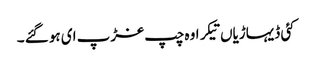
کئی ڈیہاڑیاں تیکر او ہ چپ غڑپ ای ہو گئے ۔